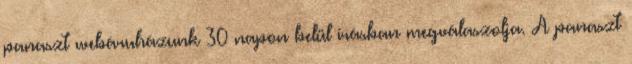
panaszt webáruházunk 30 napon belül írásban megválaszolja. A panaszt